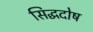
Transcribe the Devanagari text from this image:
सिद्धदोष